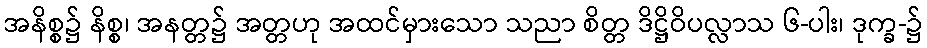
အနိစ္စ၌ နိစ္စ၊ အနတ္တ၌ အတ္တဟု အထင်မှားသော သညာ စိတ္တ ဒိဋ္ဌိဝိပလ္လာသ ၆-ပါး၊ ဒုက္ခ-၌